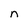
Character: n